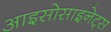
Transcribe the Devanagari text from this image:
आइसोसाइनेट्स